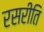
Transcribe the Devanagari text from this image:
रसरीति